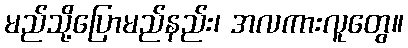
မည်သို့ပြောမည်နည်း၊ အလကားလူတွေ။